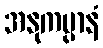
အနုကမ္ပာနံ